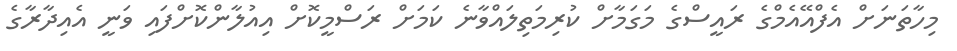
މިހާތަނަށް އެފްއޭއެމްގެ ރައީސްގެ މަގަމާށް ކުރިމަތިލައްވާނެ ކަމަށް ރަސްމީކޮށް އިއުލާންކޮށްފައި ވަނީ އެއިދާރާގެ